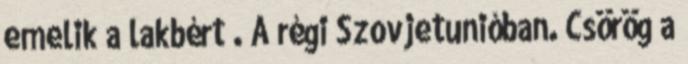
emelik a lakbért . A régi Szovjetunióban. Csörög a